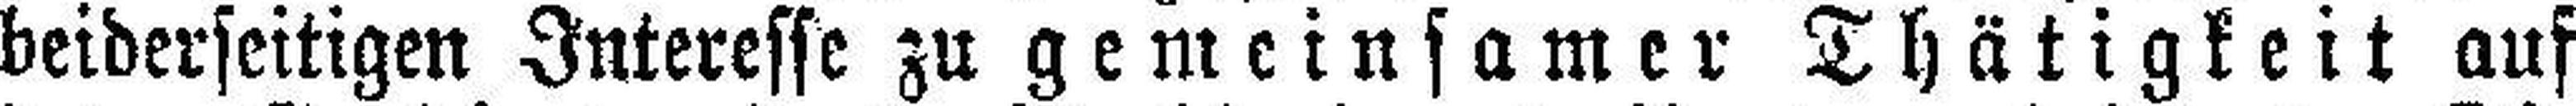
beiderseitigen Interesse zu gemeinsamer Thätigkeit auf